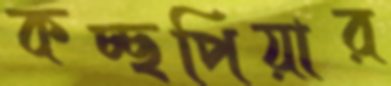
কচ্ছপিয়ার